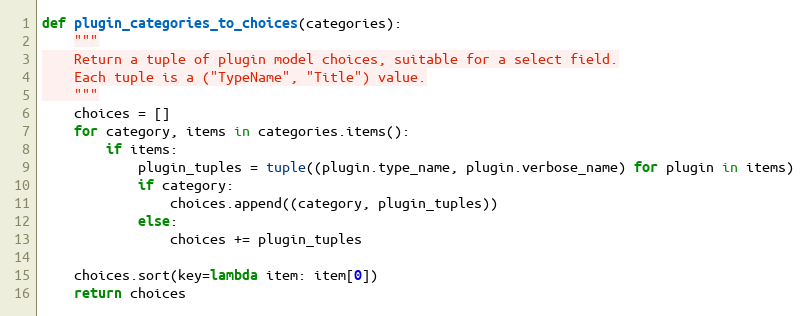
Language: Python
def plugin_categories_to_choices(categories):
    """
    Return a tuple of plugin model choices, suitable for a select field.
    Each tuple is a ("TypeName", "Title") value.
    """
    choices = []
    for category, items in categories.items():
        if items:
            plugin_tuples = tuple((plugin.type_name, plugin.verbose_name) for plugin in items)
            if category:
                choices.append((category, plugin_tuples))
            else:
                choices += plugin_tuples

    choices.sort(key=lambda item: item[0])
    return choices